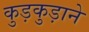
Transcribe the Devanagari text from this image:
कुड़कुड़ाने